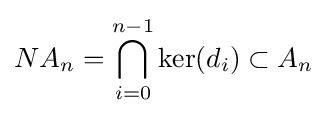
NA_{n}=\bigcap _{i=0}^{n-1}\ker(d_{i})\subset A_{n}